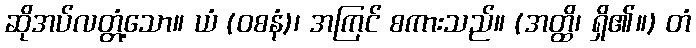
ဆိုအပ်လတ္တံ့သော။ ယံ (ဝစနံ)၊ အကြင် စကားသည်။ (အတ္ထိ၊ ရှိ၏။) တံ